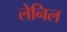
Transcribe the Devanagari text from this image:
लेनिल